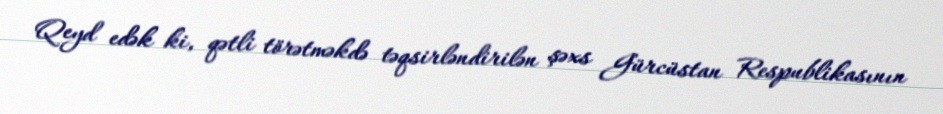
Qeyd edək ki, qətli törətməkdə təqsirləndirilən şəxs Gürcüstan Respublikasının